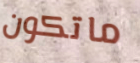
ماتكون